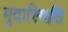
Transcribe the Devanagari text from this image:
मृदास्थिति